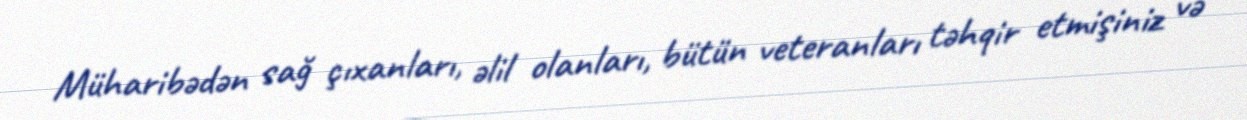
Müharibədən sağ çıxanları, əlil olanları, bütün veteranları təhqir etmişiniz və